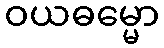
ဝယဓမ္မော